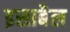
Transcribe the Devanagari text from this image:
इसाबैल